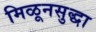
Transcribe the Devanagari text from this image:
मिळूनसुद्धा